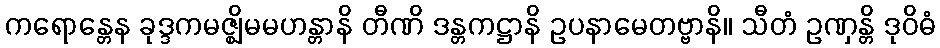
ကရောန္တေန ခုဒ္ဒကမဇ္ဈိမမဟန္တာနိ တီဏိ ဒန္တကဋ္ဌာနိ ဥပနာမေတဗ္ဗာနိ။ သီတံ ဥဏှန္တိ ဒုဝိဓံ